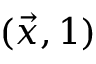
( { \vec { x } } , 1 )